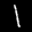
Label: 1